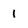
Character: i